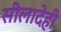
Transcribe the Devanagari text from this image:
सीलादेही